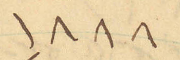
١٨٨٨